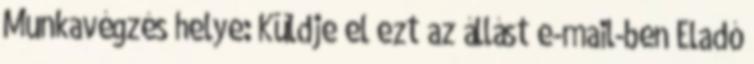
Munkavégzés helye: Küldje el ezt az állást e-mail-ben Eladó